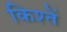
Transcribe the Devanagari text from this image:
किश्तें